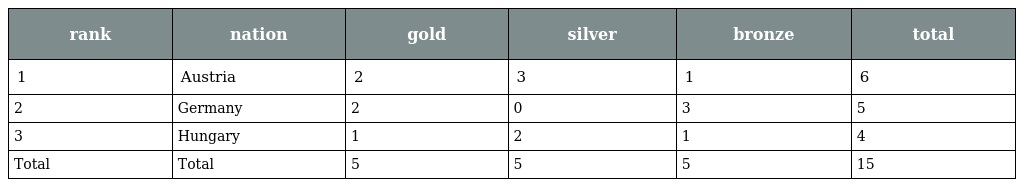
| rank | nation | gold | silver | bronze | total |
 | --- | --- | --- | --- | --- | --- |
 | 1 | Austria | 2 | 3 | 1 | 6 |
 | 2 | Germany | 2 | 0 | 3 | 5 |
 | 3 | Hungary | 1 | 2 | 1 | 4 |
 | Total | Total | 5 | 5 | 5 | 15 |